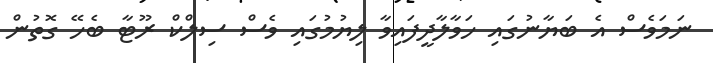
ނަމަވެސް އެ ބަޔާނުގައި ހަވާލާދީފައިވާ ލިޔުމުގައި ވެސް ސިލްކް ރޫޓާ ބެހޭ ގޮތުން